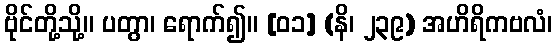
ဗိုင်တို့သို့။ ပတွာ၊ ရောက်၍။ [၀၁] (နိ၊ ၂၃၉) အဟိရိကဗလံ၊